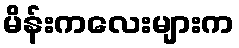
မိန်းကလေးများက